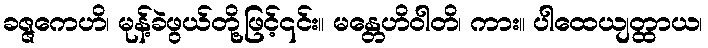
ခဇ္ဇကေဟိ၊ မုန့်ခဲဖွယ်တို့ဖြင့်၎င်း။ မန္တေဟိဝါတိ၊ ကား။ ပါထေယျတ္ထာယ၊